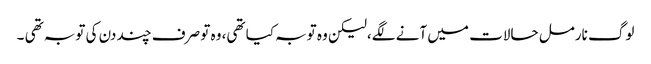
لوگ نارمل حالات میں آنے لگے،لیکن وہ توبہ کیا تھی، وہ تو صرف چند دن کی توبہ تھی ۔